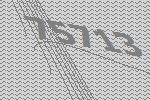
75713